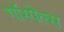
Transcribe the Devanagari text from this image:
गॉस्पेल्स